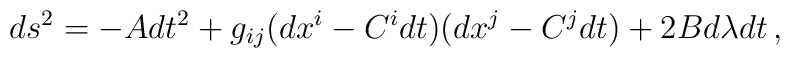
ds^2 = -Adt^2 + g_{ij}(dx^i - C^i dt)(dx^j - C^jdt) + 2Bd\lambda dt\,,